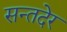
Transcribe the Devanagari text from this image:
सन्तदेर